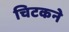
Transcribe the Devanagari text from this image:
चिटकने